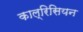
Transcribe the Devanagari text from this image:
काल्रिसियन